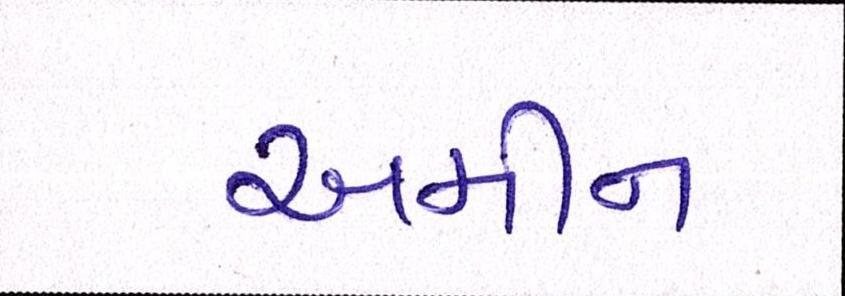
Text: અમીન